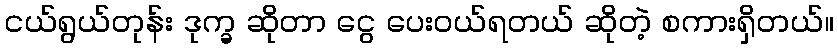
ငယ်ရွယ်တုန်း ဒုက္ခ ဆိုတာ ငွေ ပေးဝယ်ရတယ် ဆိုတဲ့ စကားရှိတယ်။